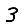
Digit: 3